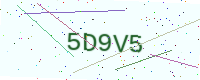
Text: 5D9V5